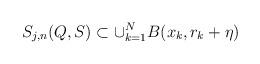
LaTeX: \begin{align*}S_{j,n}(Q,S)\subset \cup_{k=1}^N B(x_k,r_k+\eta)\end{align*}